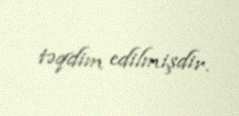
təqdim edilmişdir.